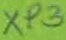
Text: XP3